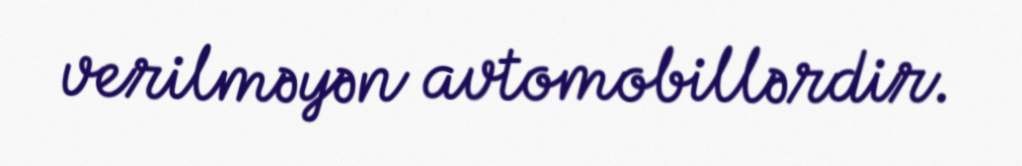
verilməyən avtomobillərdir.